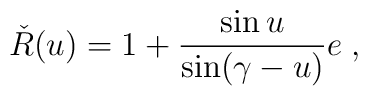
\check{R}(u)=1+\frac{\sin u}{\sin(\gamma-u)}e\;,